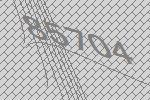
85704